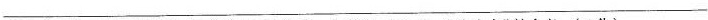
___